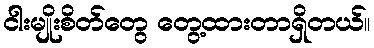
ငါးမျိုးစိတ်တွေ တွေ့ထားတာရှိတယ်။